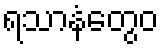
ရသာနံတွေဝ